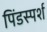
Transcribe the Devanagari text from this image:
पिंडस्पर्श